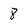
Character: 8